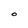
Character: O